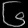
Digit: ၆